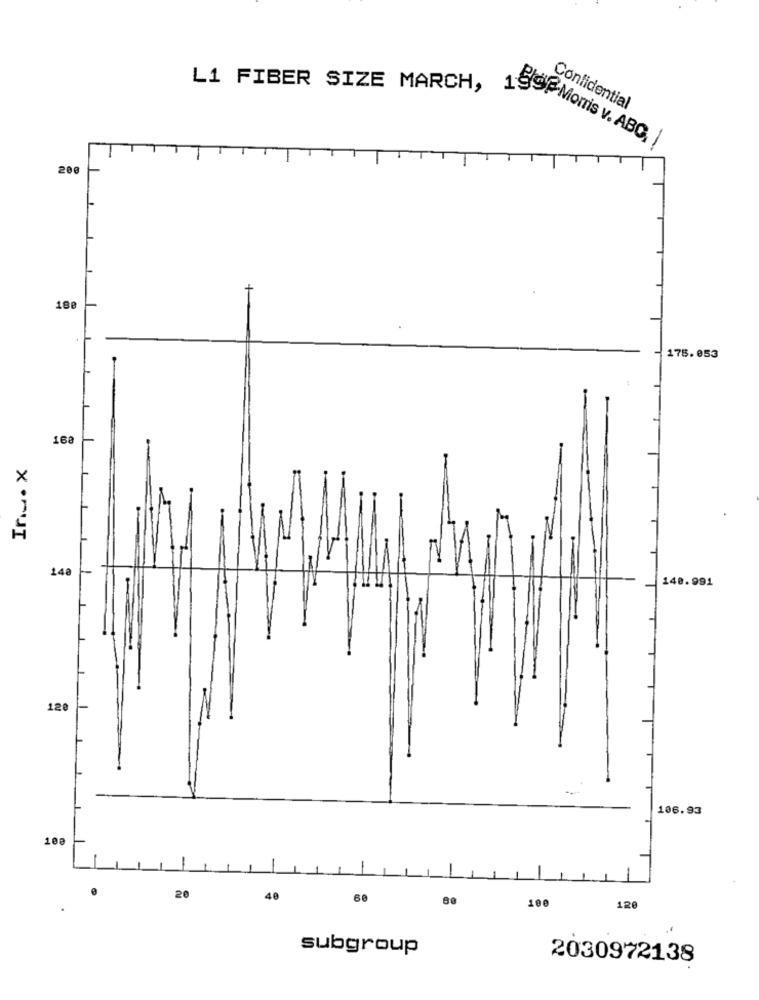
L1 FIBER SIZE MARCH,
Confidential
1999 Morris v. ABC,
200
188
175.053
168
×
H
X ** JI
148
140.991
120
106.93
10
20
40
60
80
100
120
subgroup
2030972138